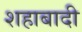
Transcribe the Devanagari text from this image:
शहाबादी